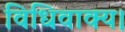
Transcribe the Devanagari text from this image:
विधिवाक्य।